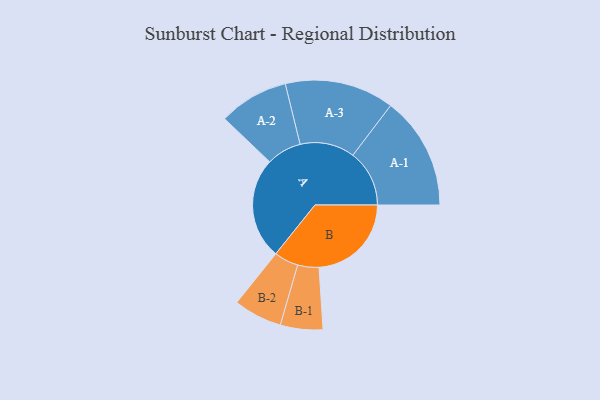
{"axis": {"x": "Segment", "y": "Value"}, "legend": ["", "A", "B"], "data": [{"x": "A", "y": 498, "type": ""}, {"x": "B", "y": 453, "type": ""}, {"x": "A-1", "y": 277, "type": "A"}, {"x": "A-2", "y": 171, "type": "A"}, {"x": "A-3", "y": 268, "type": "A"}, {"x": "B-1", "y": 104, "type": "B"}, {"x": "B-2", "y": 119, "type": "B"}]}